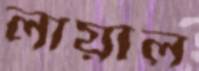
লায়াল